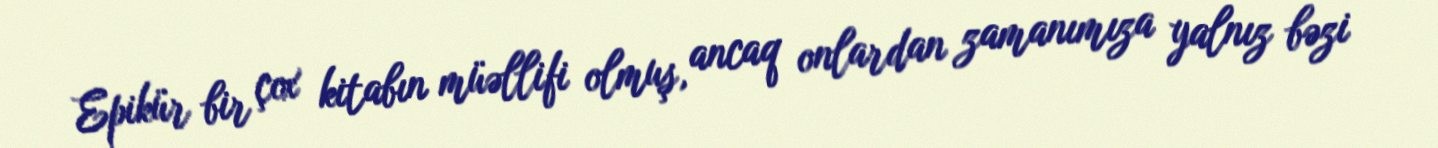
Epikür bir çox kitabın müəllifi olmuş, ancaq onlardan zamanımıza yalnız bəzi